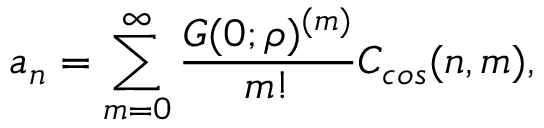
a _ { n } = \sum _ { m = 0 } ^ { \infty } \frac { G ( 0 ; \rho ) ^ { ( m ) } } { m ! } C _ { c o s } ( n , m ) ,